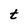
Character: t